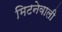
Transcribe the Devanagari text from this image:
मिटनेवाली